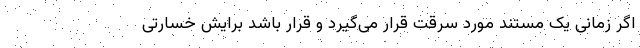
اگر زمانی یک مستند مورد سرقت قرار می‌گیرد و قرار باشد برایش خسارتی